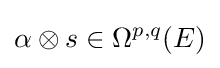
\alpha \otimes s\in \Omega ^{p,q}(E)